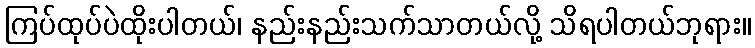
ကြပ်ထုပ်ပဲထိုးပါတယ်၊ နည်းနည်းသက်သာတယ်လို့ သိရပါတယ်ဘုရား။